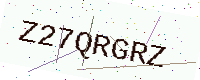
Text: Z27QRGRZ